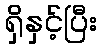
ရှိနှင့်ပြီး